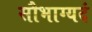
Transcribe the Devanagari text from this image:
सौभाग्यदं